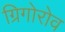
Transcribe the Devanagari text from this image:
ग्रिगोरोव